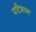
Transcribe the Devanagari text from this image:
पटिभान